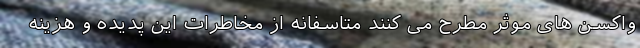
واکسن های موثر مطرح می کنند متاسفانه از مخاطرات این پدیده و هزینه